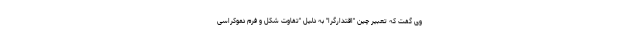
وی گفت که تعبیر چینِ "اقتدارگرا" به دلیل "تفاوت شکل و فرم دموکراسی